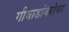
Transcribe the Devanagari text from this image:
गीधाडांबरोबर